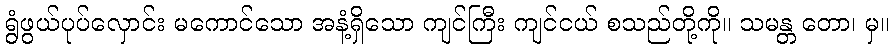
ရွံဖွယ်ပုပ်လှောင်း မကောင်သော အနံ့ရှိသော ကျင်ကြီး ကျင်ငယ် စသည်တို့ကို။ သမန္တ တော၊ မှ။